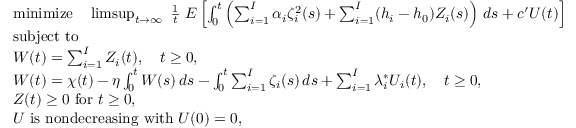
\begin{array} { r l } & { \mathrm { m i n i m i z e } \quad \operatorname* { l i m s u p } _ { t \rightarrow \infty } \, \, \frac { 1 } { t } \, \, E \left[ \int _ { 0 } ^ { t } \left( \sum _ { i = 1 } ^ { I } \alpha _ { i } \zeta _ { i } ^ { 2 } ( s ) + \sum _ { i = 1 } ^ { I } ( h _ { i } - h _ { 0 } ) Z _ { i } ( s ) \right) \, d s + c ^ { \prime } U ( t ) \right] } \\ & { \mathrm { s u b j e c t ~ t o } } \\ & { W ( t ) = \sum _ { i = 1 } ^ { I } Z _ { i } ( t ) , \quad t \ge 0 , } \\ & { W ( t ) = \chi ( t ) - \eta \int _ { 0 } ^ { t } W ( s ) \, d s - \int _ { 0 } ^ { t } \sum _ { i = 1 } ^ { I } \zeta _ { i } ( s ) \, d s + \sum _ { i = 1 } ^ { I } \lambda _ { i } ^ { * } U _ { i } ( t ) , \quad t \ge 0 , } \\ & { Z ( t ) \ge 0 \mathrm { ~ f o r ~ } t \ge 0 , } \\ & { U \mathrm { ~ i s ~ n o n d e c r e a s i n g ~ w i t h ~ } U ( 0 ) = 0 , } \end{array}